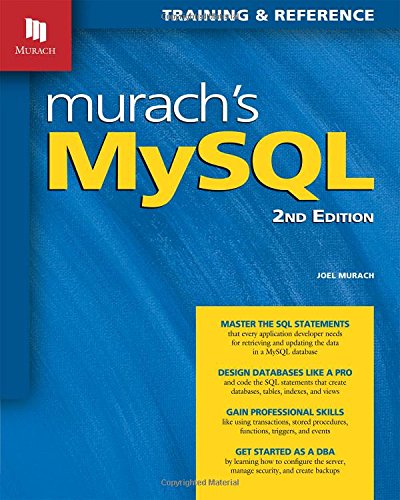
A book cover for Murach's MySQL, 2nd Edition; Joel Murach; Computers & Technology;